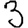
Digit: 3